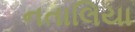
નતાલિયા